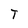
Character: T